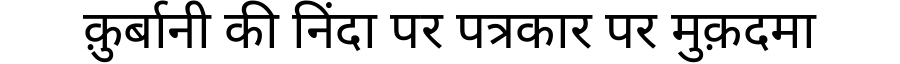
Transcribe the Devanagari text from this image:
क़ुर्बानी की निंदा पर पत्रकार पर मुक़दमा